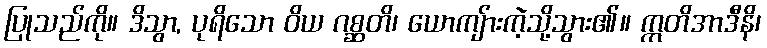
ပြုသည်ကို။ ဒိသွာ, ပုရိသော ဝိယ ဂစ္ဆတိ၊ ယောကျ်ားကဲ့သို့သွား၏။ ဣတိအာဒီနိ၊